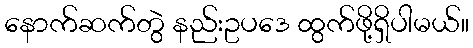
နောက်ဆက်တွဲ နည်းဥပဒေ ထွက်ဖို့ရှိပါမယ်။